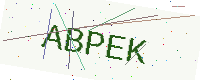
Text: ABPEK